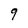
Character: q